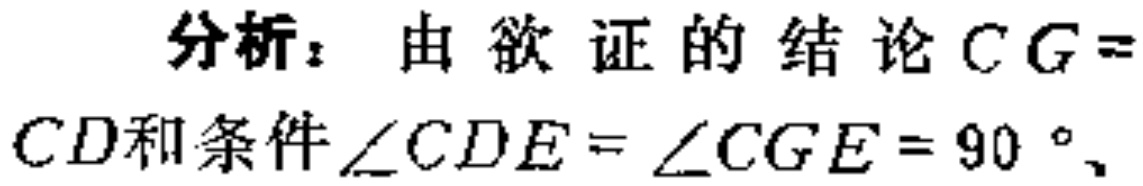
分析：由欲证的结论\(CG = \)

\(CD\)和条件\(\angle CDE=\angle CGE = 90^{\circ}\)、